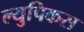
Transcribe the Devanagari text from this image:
ल्युपिकस